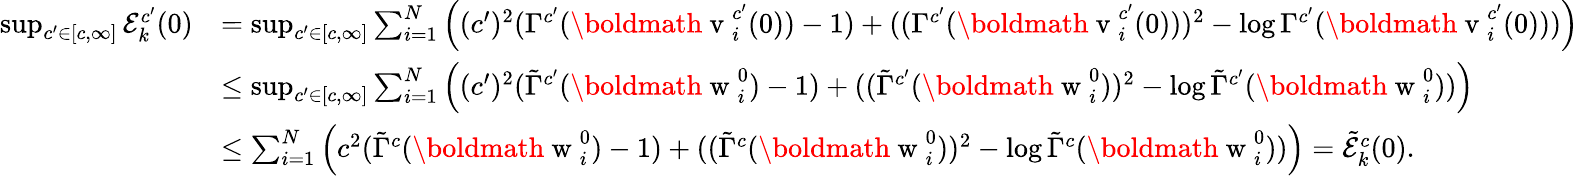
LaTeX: \begin{array}{rl}{\operatorname*{sup}_{c^{\prime}\in[c,\infty]}\mathcal{E}_{k}^{c^{\prime}}(0)}&{=\operatorname*{sup}_{c^{\prime}\in[c,\infty]}\sum_{i=1}^{N}\left((c^{\prime})^{2}(\Gamma^{c^{\prime}}(\mathrm{\boldmath~v~}_{i}^{c^{\prime}}(0))-1)+(({\Gamma}^{c^{\prime}}(\mathrm{\boldmath~v~}_{i}^{c^{\prime}}(0)))^{2}-\log{\Gamma^{c^{\prime}}(\mathrm{\boldmath~v~}_{i}^{c^{\prime}}(0))})\right)}\\ &{\leq\operatorname*{sup}_{c^{\prime}\in[c,\infty]}\sum_{i=1}^{N}\left((c^{\prime})^{2}(\tilde{\Gamma}^{c^{\prime}}(\mathrm{\boldmath~w~}_{i}^{0})-1)+(({\tilde{\Gamma}}^{c^{\prime}}(\mathrm{\boldmath~w~}_{i}^{0}))^{2}-\log{\tilde{\Gamma}^{c^{\prime}}(\mathrm{\boldmath~w~}_{i}^{0})})\right)}\\ &{\leq\sum_{i=1}^{N}\left(c^{2}(\tilde{\Gamma}^{c}(\mathrm{\boldmath~w~}_{i}^{0})-1)+(({\tilde{\Gamma}}^{c}(\mathrm{\boldmath~w~}_{i}^{0}))^{2}-\log{\tilde{\Gamma}^{c}(\mathrm{\boldmath~w~}_{i}^{0})})\right)=\tilde{\mathcal{E}}_{k}^{c}(0).}\end{array}